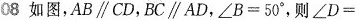
08 如图，AB∥CD,BC∥AD,=\angle 50^{\circ}，则\angle D=